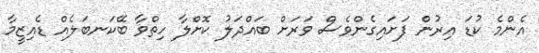
އެންމެ ކުޑަ އިރުން ފަށައިގެންވެސް ވަރަށް ބައްދަލު ކޮށްލާ ހިތްވާ ބޭކަނބަލެއް ޑެއިޒީމާ